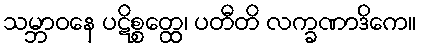
သမ္ဘာဝနေ ပဋိစ္စတ္ထေ၊ ပတီတိ လက္ခဏာဒိကေ။